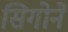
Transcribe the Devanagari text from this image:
सिगोर्ने